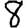
Digit: 8